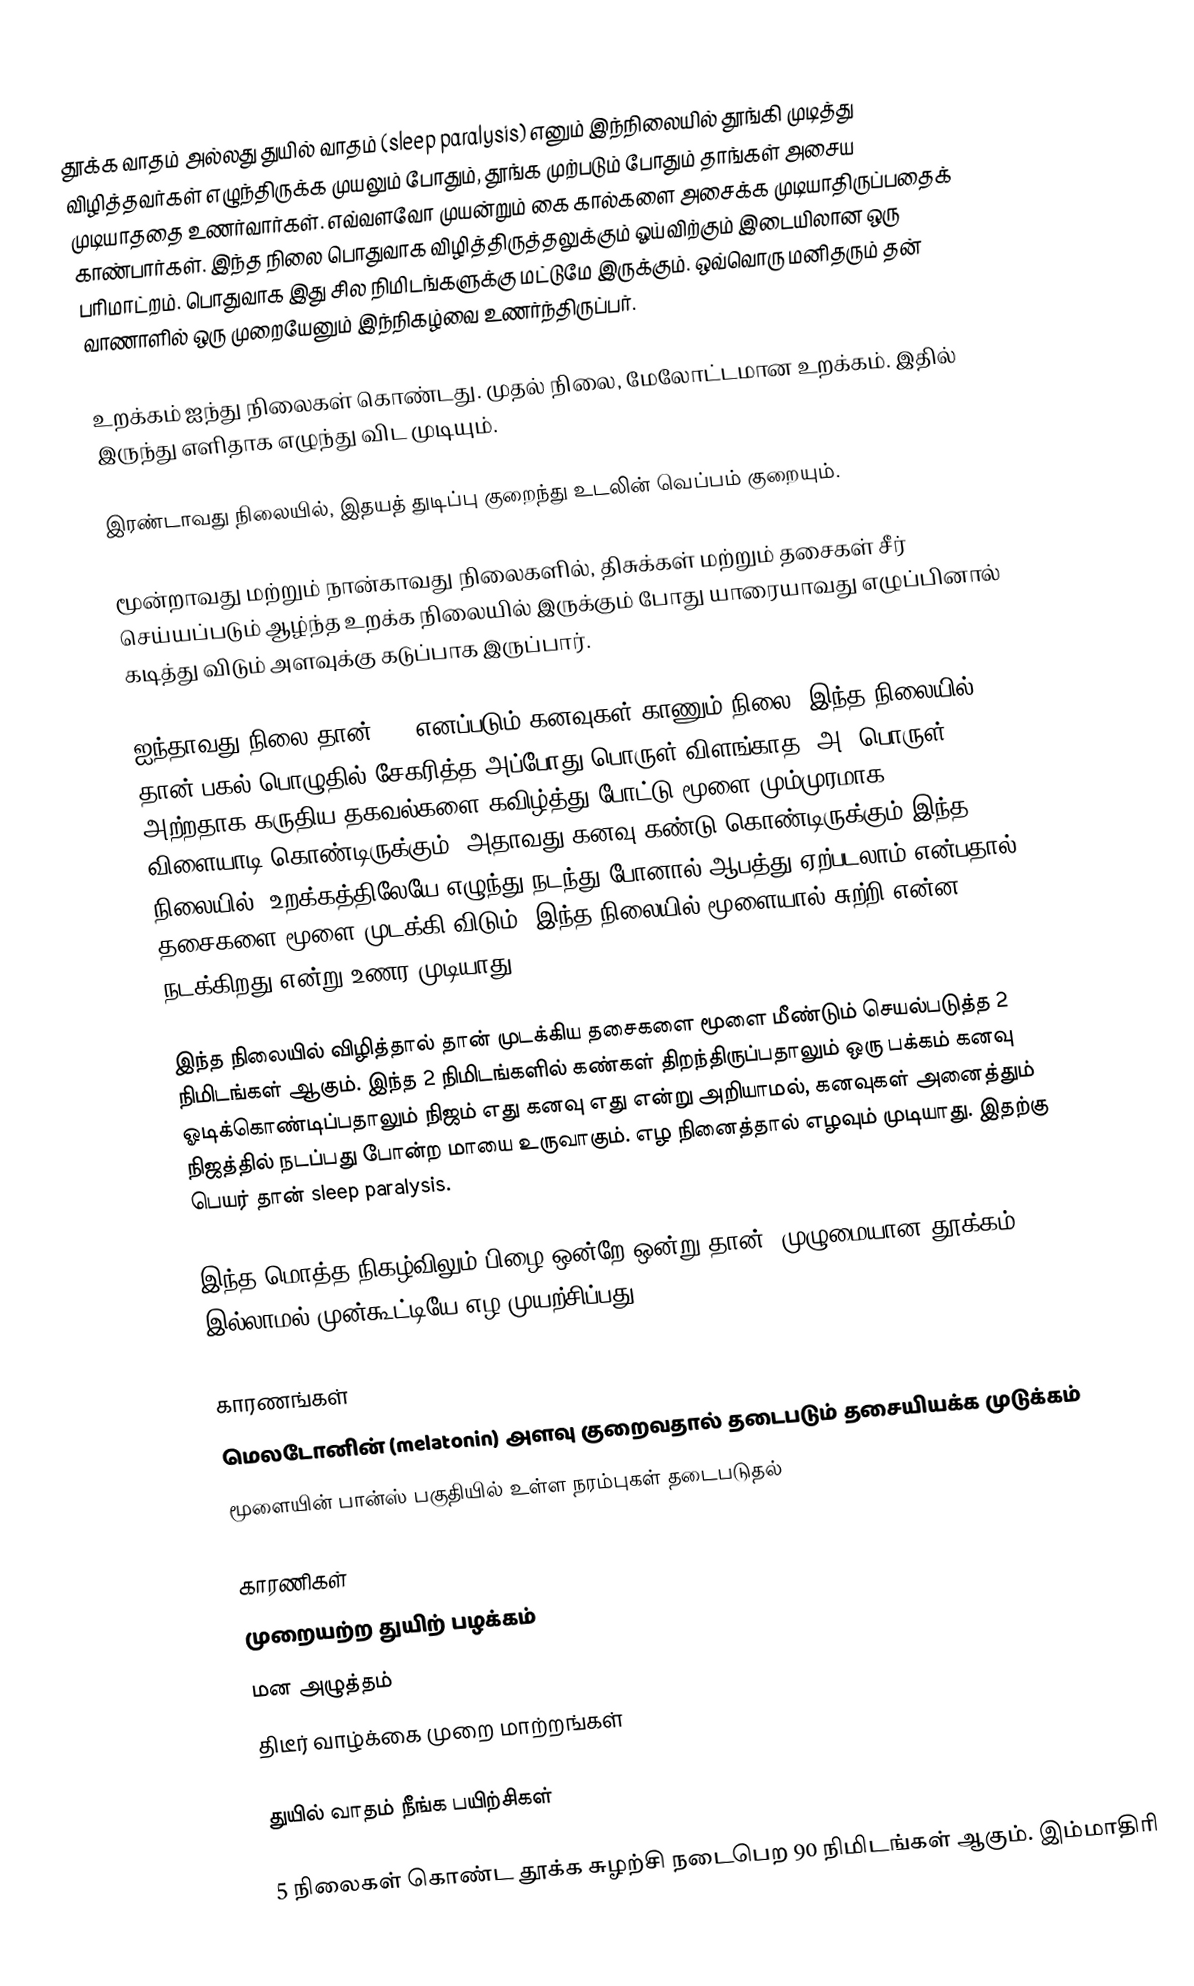
தூக்க வாதம் அல்லது துயில் வாதம் (sleep paralysis) எனும் இந்நிலையில் தூங்கி முடித்து விழித்தவர்கள் எழுந்திருக்க முயலும் போதும், தூங்க முற்படும் போதும் தாங்கள் அசைய முடியாததை உணர்வார்கள். எவ்வளவோ முயன்றும் கை கால்களை அசைக்க முடியாதிருப்பதைக் காண்பார்கள். இந்த நிலை பொதுவாக விழித்திருத்தலுக்கும் ஓய்விற்கும் இடையிலான ஒரு பரிமாட்றம். பொதுவாக இது சில நிமிடங்களுக்கு மட்டுமே இருக்கும். ஒவ்வொரு மனிதரும் தன் வாணாளில் ஒரு முறையேனும் இந்நிகழ்வை உணர்ந்திருப்பர்.

உறக்கம் ஐந்து நிலைகள் கொண்டது. முதல் நிலை, மேலோட்டமான உறக்கம். இதில் இருந்து எளிதாக எழுந்து விட முடியும்.

இரண்டாவது நிலையில், இதயத் துடிப்பு குறைந்து உடலின் வெப்பம் குறையும்.

மூன்றாவது மற்றும் நான்காவது நிலைகளில், திசுக்கள் மற்றும் தசைகள் சீர் செய்யப்படும் ஆழ்ந்த உறக்க நிலையில் இருக்கும் போது யாரையாவது எழுப்பினால் கடித்து விடும் அளவுக்கு கடுப்பாக இருப்பார்.

ஐந்தாவது நிலை தான் REM எனப்படும் கனவுகள் காணும் நிலை. இந்த நிலையில் தான் பகல் பொழுதில் சேகரித்த அப்போது பொருள் விளங்காத (அ) பொருள் அற்றதாக கருதிய தகவல்களை கவிழ்த்து போட்டு மூளை மும்முரமாக jigsaw விளையாடி கொண்டிருக்கும். அதாவது கனவு கண்டு கொண்டிருக்கும் இந்த நிலையில், உறக்கத்திலேயே எழுந்து நடந்து போனால் ஆபத்து ஏற்படலாம் என்பதால் தசைகளை மூளை முடக்கி விடும். இந்த நிலையில் மூளையால் சுற்றி என்ன நடக்கிறது என்று உணர முடியாது.

இந்த நிலையில் விழித்தால் தான் முடக்கிய தசைகளை மூளை மீண்டும் செயல்படுத்த 2 நிமிடங்கள் ஆகும். இந்த 2 நிமிடங்களில் கண்கள் திறந்திருப்பதாலும் ஒரு பக்கம் கனவு ஓடிக்கொண்டிப்பதாலும் நிஜம் எது கனவு எது என்று அறியாமல், கனவுகள் அனைத்தும் நிஜத்தில் நடப்பது போன்ற மாயை உருவாகும். எழ நினைத்தால் எழவும் முடியாது. இதற்கு பெயர் தான் sleep paralysis.

இந்த மொத்த நிகழ்விலும் பிழை ஒன்றே ஒன்று தான். முழுமையான தூக்கம் இல்லாமல் முன்கூட்டியே எழ முயற்சிப்பது.

காரணங்கள்
 மெலடோனின் (melatonin) அளவு குறைவதால் தடைபடும் தசையியக்க முடுக்கம்
 மூளையின் பான்ஸ் பகுதியில் உள்ள நரம்புகள் தடைபடுதல்

காரணிகள்
 முறையற்ற துயிற் பழக்கம்
  மன அழுத்தம்
 திடீர் வாழ்க்கை முறை மாற்றங்கள்

துயில் வாதம் நீங்க பயிற்சிகள்

    5 நிலைகள் கொண்ட தூக்க சுழற்சி நடைபெற 90 நிமிடங்கள் ஆகும். இம்மாதிரி